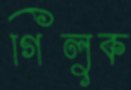
গিলুক